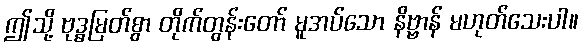
ဤသို့ ဗုဒ္ဓမြတ်စွာ တိုက်တွန်းတော် မူအပ်သော နိဗ္ဗာန် မဟုတ်သေးပါ။